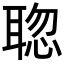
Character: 𦖟